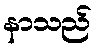
နာသည်